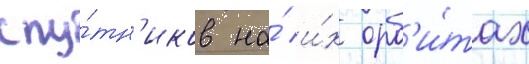
спу́тн'иков на́ и́х орб'и́тах